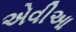
એવીઆ